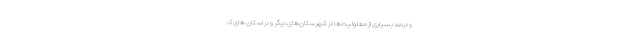
و درصد بسیاری از معلولیت‌ها در شهرستان‌های دیگر و در استان‌ های ک